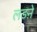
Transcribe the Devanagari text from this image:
लड़ऩे